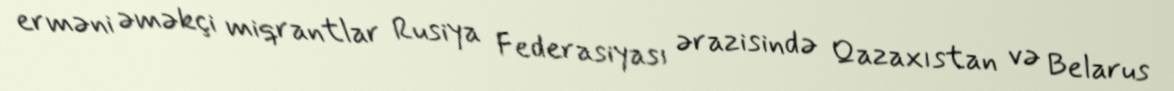
erməni əməkçi miqrantlar Rusiya Federasiyası ərazisində Qazaxıstan və Belarus